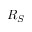
R _ { S }